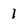
Character: 1